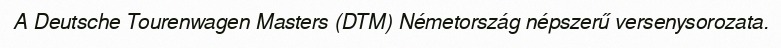
A Deutsche Tourenwagen Masters (DTM) Németország népszerű versenysorozata.